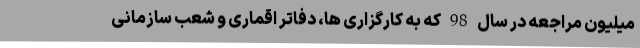
میلیون مراجعه در سال 98 که به کارگزاری ها، دفاتر اقماری و شعب سازمانی